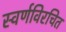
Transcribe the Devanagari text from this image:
स्वर्णविरचित